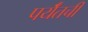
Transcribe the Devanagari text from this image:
पर्यँतची